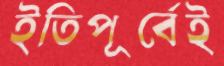
ইতিপূর্বেই